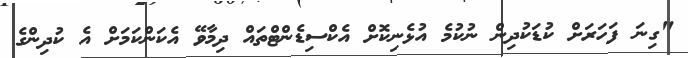
"ގިނަ ފަހަރަށް ކުޑަކުދިން ނުކުމެ އުޅެނިކޮށް އެކްސިޑެންޓްތައް ދިމާވޭ އެކަންކަމަށް އެ ކުދިންގެ